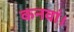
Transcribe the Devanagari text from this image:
कनवां।